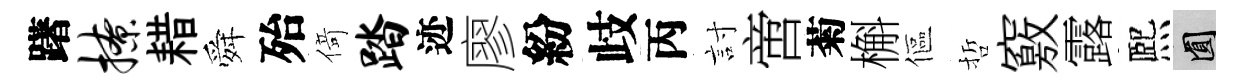
躇撩耤舜殆𠋣踏迹廖紛歧丙討啻菊槲傴哲竅露熈圓